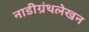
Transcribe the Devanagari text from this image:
नाडीग्रंथलेखन